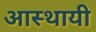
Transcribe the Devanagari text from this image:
आस्थायी